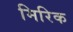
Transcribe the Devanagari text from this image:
मिरिक